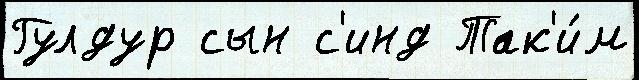
Гулдур сын с'инд Так'и́м